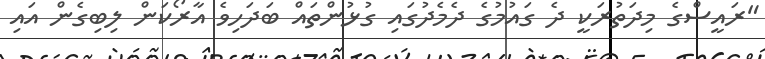
"ރައީސްގެ މިދަތުރަކީ ދެ ގައުމުގެ ދެމެދުގައި ގުޅުންތައް ބަދަހިވެ އާރޯކަން ލިބިގެން އައި